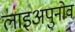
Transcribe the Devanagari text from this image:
लाइअपुनोव